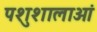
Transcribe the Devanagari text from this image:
पशुशालाओं